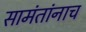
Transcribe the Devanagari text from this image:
सामंतांनाच